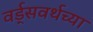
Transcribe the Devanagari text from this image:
वर्ड्‌सवर्थच्या